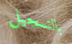
بالتسجيل